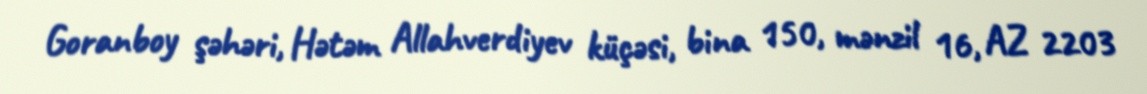
Goranboy şəhəri, Hətəm Allahverdiyev küçəsi, bina 150, mənzil 16, AZ 2203